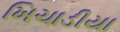
ખિચાડીયા